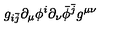
g _ { i \bar { j } } \partial _ { \mu } \phi ^ { i } \partial _ { \nu } \bar { \phi } ^ { \bar { j } } g ^ { \mu \nu } \,